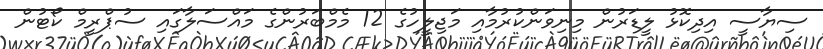
ސިޔާސީ އިދިކޮޅު ލީޑަރުން މިނިވަންކުރުމާއި މަޖިލީހުގެ 12 މެމްބަރުންގެ މައްސަލާގައި ސުޕްރީމް ކޯޓުން